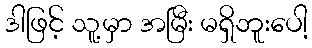
ဒါဖြင့် သူ့မှာ အမြီး မရှိဘူးပေါ့